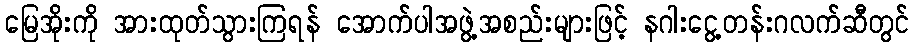
မြေအိုးကို အားထုတ်သွားကြရန် အောက်ပါအဖွဲ့အစည်းများဖြင့် နဂါးငွေ့တန်းဂလက်ဆီတွင်